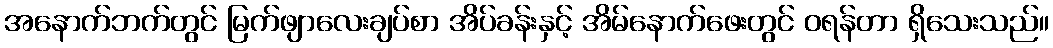
အနောက်ဘက်တွင် မြက်ဖျာလေးချပ်စာ အိပ်ခန်းနှင့် အိမ်နောက်ဖေးတွင် ဝရန်တာ ရှိသေးသည်။